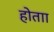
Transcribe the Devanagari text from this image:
होताा